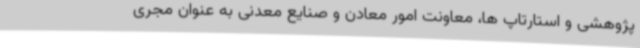
پژوهشی و استارتاپ ها، معاونت امور معادن و صنایع معدنی به عنوان مجری